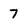
Character: 7